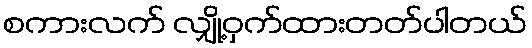
စကားလက် လျှို့ဝှက်ထားတတ်ပါတယ်